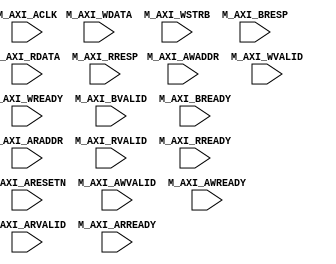
(* dont_touch = "true" *)module axiLite_debug (
input                        M_AXI_ACLK,
input                        M_AXI_ARESETN,
input [31:0]                 M_AXI_AWADDR,
input                        M_AXI_AWVALID,
input                        M_AXI_AWREADY,
input [31:0]                 M_AXI_WDATA,
input [3:0]                  M_AXI_WSTRB,
input                        M_AXI_WVALID,
input                        M_AXI_WREADY,
input  [1:0]                 M_AXI_BRESP,
input                        M_AXI_BVALID,
input                        M_AXI_BREADY,
input [31:0]                 M_AXI_ARADDR,
input                        M_AXI_ARVALID,
input                        M_AXI_ARREADY,
input [31:0]                 M_AXI_RDATA,
input [1:0]                  M_AXI_RRESP,
input                        M_AXI_RVALID,
input                        M_AXI_RREADY

);


(* dont_touch = "true", mark_debug = "true" *) reg        dbg_M_AXI_ARESETN;
(* dont_touch = "true", mark_debug = "true" *) reg [31:0] dbg_M_AXI_AWADDR;
(* dont_touch = "true", mark_debug = "true" *) reg        dbg_M_AXI_AWVALID;
(* dont_touch = "true", mark_debug = "true" *) reg        dbg_M_AXI_AWREADY;
(* dont_touch = "true", mark_debug = "true" *) reg [31:0] dbg_M_AXI_WDATA;
(* dont_touch = "true", mark_debug = "true" *) reg [3:0]  dbg_M_AXI_WSTRB;
(* dont_touch = "true", mark_debug = "true" *) reg        dbg_M_AXI_WVALID;
(* dont_touch = "true", mark_debug = "true" *) reg        dbg_M_AXI_WREADY;
(* dont_touch = "true", mark_debug = "true" *) reg  [1:0] dbg_M_AXI_BRESP;
(* dont_touch = "true", mark_debug = "true" *) reg        dbg_M_AXI_BVALID;
(* dont_touch = "true", mark_debug = "true" *) reg        dbg_M_AXI_BREADY;
(* dont_touch = "true", mark_debug = "true" *) reg [31:0] dbg_M_AXI_ARADDR;
(* dont_touch = "true", mark_debug = "true" *) reg        dbg_M_AXI_ARVALID;
(* dont_touch = "true", mark_debug = "true" *) reg        dbg_M_AXI_ARREADY;
(* dont_touch = "true", mark_debug = "true" *) reg [31:0] dbg_M_AXI_RDATA;
(* dont_touch = "true", mark_debug = "true" *) reg [1:0]  dbg_M_AXI_RRESP;
(* dont_touch = "true", mark_debug = "true" *) reg        dbg_M_AXI_RVALID;
(* dont_touch = "true", mark_debug = "true" *) reg        dbg_M_AXI_RREADY;

    always @ (posedge M_AXI_ACLK)
    begin
        dbg_M_AXI_ARESETN <= M_AXI_ARESETN;
        dbg_M_AXI_AWADDR <= M_AXI_AWADDR;
        dbg_M_AXI_AWVALID <= M_AXI_AWVALID;
        dbg_M_AXI_AWREADY <= M_AXI_AWREADY;
        dbg_M_AXI_WDATA <= M_AXI_WDATA;
        dbg_M_AXI_WSTRB <= M_AXI_WSTRB;
        dbg_M_AXI_WVALID <= M_AXI_WVALID;
        dbg_M_AXI_WREADY <= M_AXI_WREADY;
        dbg_M_AXI_BRESP <= M_AXI_BRESP;
        dbg_M_AXI_BVALID <= M_AXI_BVALID;
        dbg_M_AXI_BREADY <= M_AXI_BREADY;
        dbg_M_AXI_ARADDR <= M_AXI_ARADDR;
        dbg_M_AXI_ARVALID <= M_AXI_ARVALID;
        dbg_M_AXI_ARREADY <= M_AXI_ARREADY;
        dbg_M_AXI_RDATA <= M_AXI_RDATA;
        dbg_M_AXI_RRESP <= M_AXI_RRESP;
        dbg_M_AXI_RVALID <= M_AXI_RVALID;
        dbg_M_AXI_RREADY <= M_AXI_RREADY;
    end

endmodule